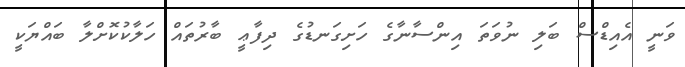
ވަނީ އެއިޑްސް ބަލި ނުވަތަ އިންސާނާގެ ހަށިގަނޑުގެ ދިފާޢީ ބާރުތައް ހަލާކުކޮށްލާ ބައްޔަކީ